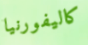
كاليفورنيا